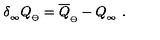
\delta _ { _ \infty } Q _ { _ { \ominus } } = \overline { Q } _ { _ { \ominus } } - Q _ { _ \infty } \ .